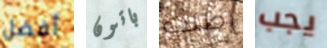
أفضل باتون إطلب يجب